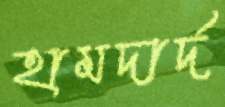
হামদার্দ